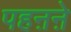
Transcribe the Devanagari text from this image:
पहऩऩे